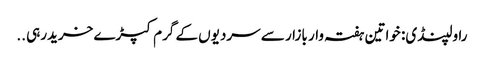
راولپنڈی: خواتین ہفتہ وار بازار سے سردیوں کے گرم کپڑے خریدرہی ..